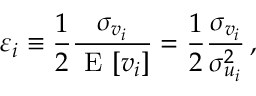
\varepsilon _ { i } \equiv \frac { 1 } { 2 } \frac { \sigma _ { v _ { i } } } { \mathrm { ~ E ~ } [ v _ { i } ] } = \frac { 1 } { 2 } \frac { \sigma _ { v _ { i } } } { \sigma _ { u _ { i } } ^ { 2 } } \, ,